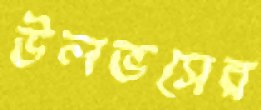
উলভসের